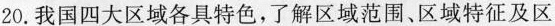
20.我国四大区域各具特色，了解区域范围、区域特征及区